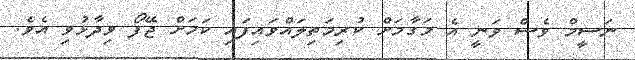
ނަސީމް ވެސް ވަނީ އެ މަގާމަށް ކުރިމަތިލައްވައިފައި ކަމަށް ޖޭފޯ ވިދާޅުވި އެވެ.